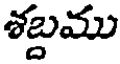
శబ్దము